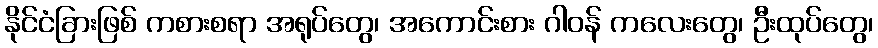
နိုင်ငံခြားဖြစ် ကစားစရာ အရုပ်တွေ၊ အကောင်းစား ဂါဝန် ကလေးတွေ၊ ဦးထုပ်တွေ၊